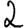
Digit: 2